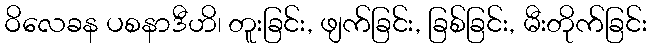
ဝိလေခန ပစနာဒီဟိ၊ တူးခြင်း, ဖျက်ခြင်း, ခြစ်ခြင်း, မီးတိုက်ခြင်း